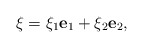
\begin{align*}\xi=\xi_1\textbf{e}_1+\xi_2\textbf{e}_2, \end{align*}